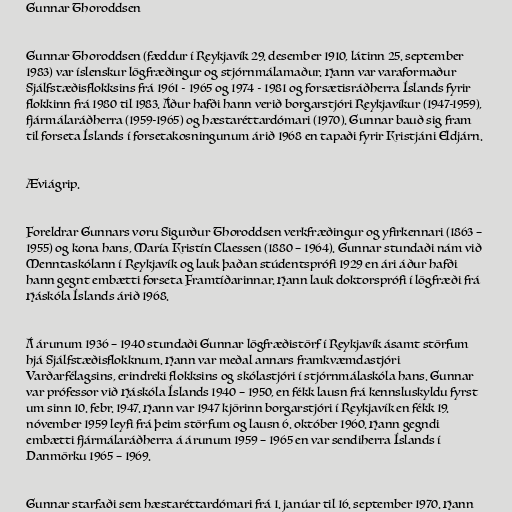
Gunnar Thoroddsen

Gunnar Thoroddsen (fæddur í Reykjavík 29. desember 1910, látinn 25. september
1983) var íslenskur lögfræðingur og stjórnmálamaður. Hann var varaformaður
Sjálfstæðisflokksins frá 1961 - 1965 og 1974 - 1981 og forsætisráðherra Íslands fyrir
flokkinn frá 1980 til 1983. Áður hafði hann verið borgarstjóri Reykjavíkur (1947-1959),
fjármálaráðherra (1959-1965) og hæstaréttardómari (1970). Gunnar bauð sig fram
til forseta Íslands í forsetakosningunum árið 1968 en tapaði fyrir Kristjáni Eldjárn.

Æviágrip.

Foreldrar Gunnars voru Sigurður Thoroddsen verkfræðingur og yfirkennari (1863 –
1955) og kona hans, María Kristín Claessen (1880 – 1964). Gunnar stundaði nám við
Menntaskólann í Reykjavík og lauk þaðan stúdentsprófi 1929 en ári áður hafði
hann gegnt embætti forseta Framtíðarinnar. Hann lauk doktorsprófi í lögfræði frá
Háskóla Íslands árið 1968.

Á árunum 1936 – 1940 stundaði Gunnar lögfræðistörf í Reykjavík ásamt störfum
hjá Sjálfstæðisflokknum. Hann var meðal annars framkvæmdastjóri
Varðarfélagsins, erindreki flokksins og skólastjóri í stjórnmálaskóla hans. Gunnar
var prófessor við Háskóla Íslands 1940 – 1950, en fékk lausn frá kennsluskyldu fyrst
um sinn 10. febr. 1947. Hann var 1947 kjörinn borgarstjóri í Reykjavík en fékk 19.
nóvember 1959 leyfi frá þeim störfum og lausn 6. október 1960. Hann gegndi
embætti fjármálaráðherra á árunum 1959 – 1965 en var sendiherra Íslands í
Danmörku 1965 – 1969.

Gunnar starfaði sem hæstaréttardómari frá 1. janúar til 16. september 1970. Hann